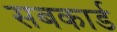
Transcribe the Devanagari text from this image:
सबकार्ड